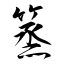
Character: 篜